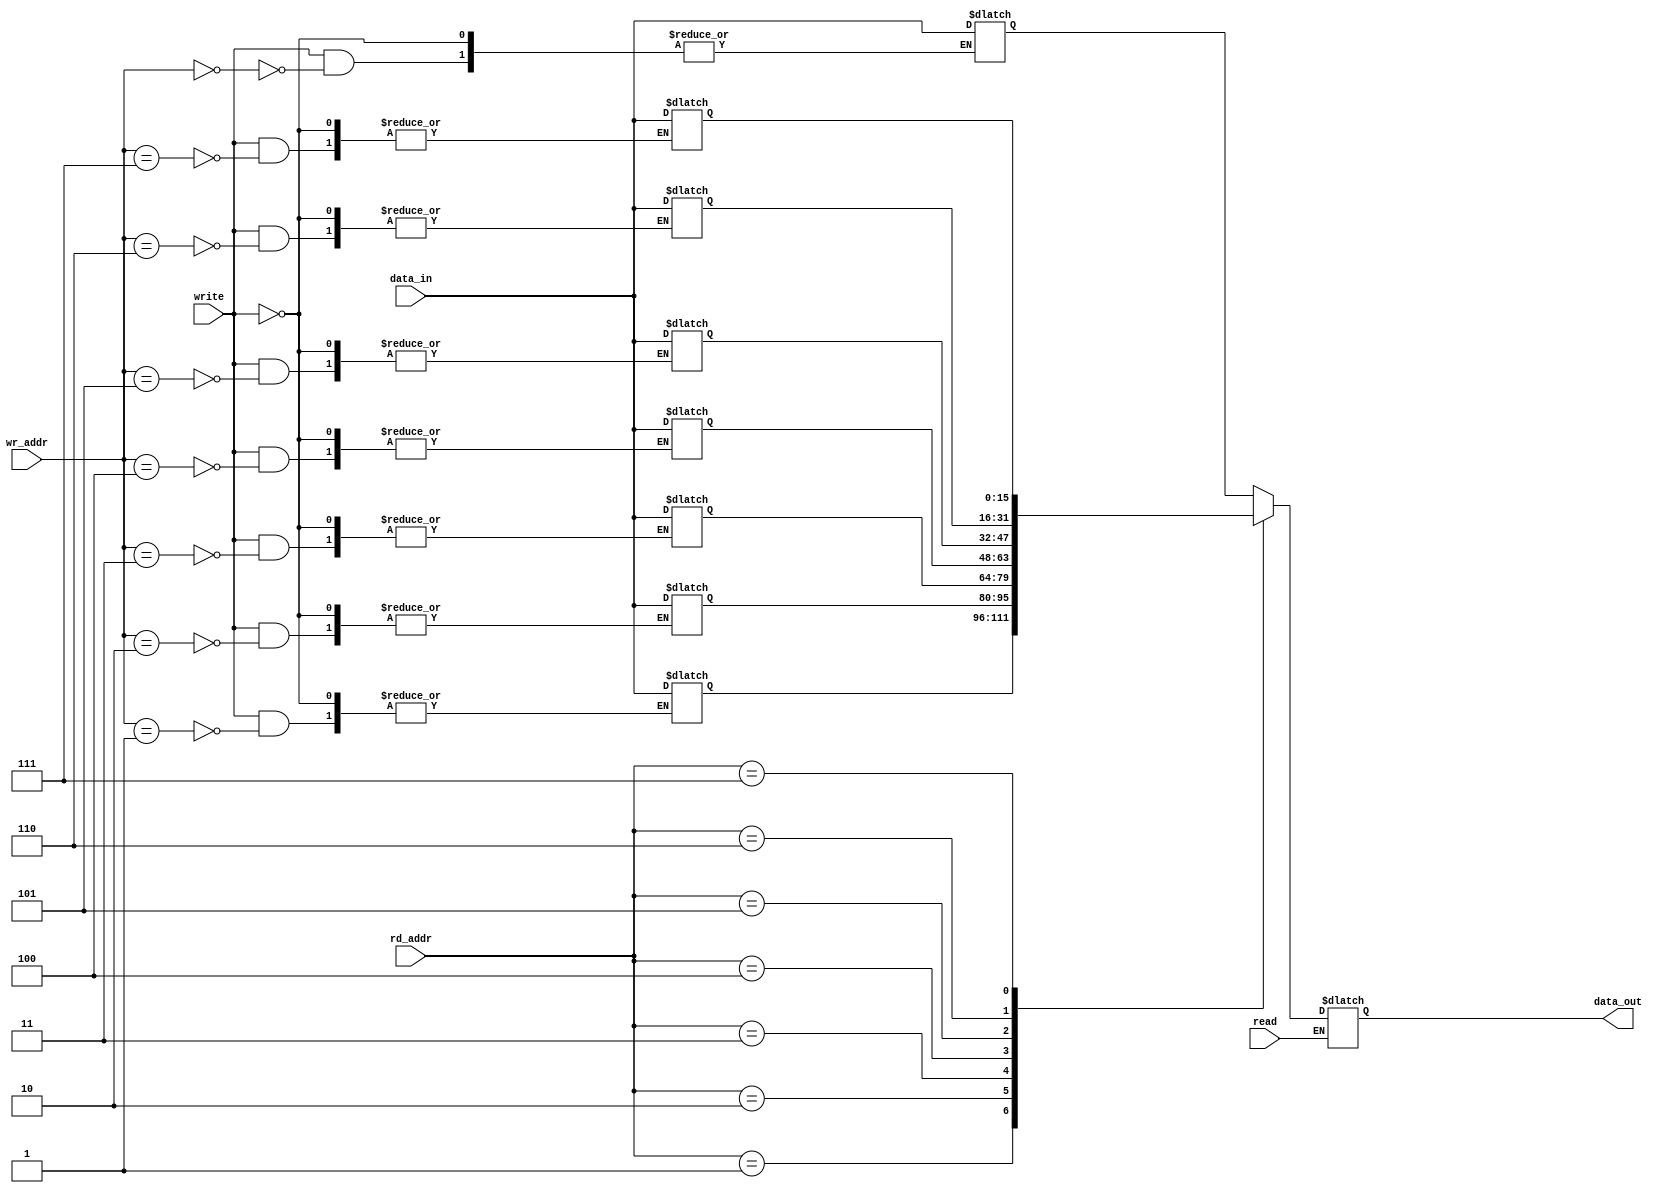
module asyn_dual(read,write,rd_addr,wr_addr,data_in,data_out);
parameter RAM_WIDTH=16,
RAM_DEPTH=8,
ADDR_SIZE=3;
input read,write;
input [RAM_WIDTH-1:0] data_in;
input [ADDR_SIZE-1:0] rd_addr,wr_addr;
output reg [RAM_WIDTH-1:0] data_out;
reg [(RAM_WIDTH-1):0] mem [(RAM_DEPTH-1):0];
always@(*)
begin
if(write)
mem[wr_addr]<=data_in;
if(read)
data_out<=mem[rd_addr];
end
endmodule